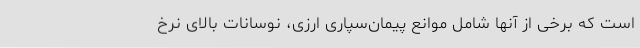
است که برخی از آنها شامل موانع پیمان‌سپاری ارزی، نوسانات بالای نرخ